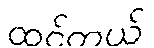
ထင်တယ်